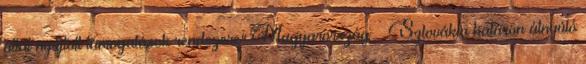
által nyújtott támogatások rendszere" Magyarország – Szlovákia határon átnyúló